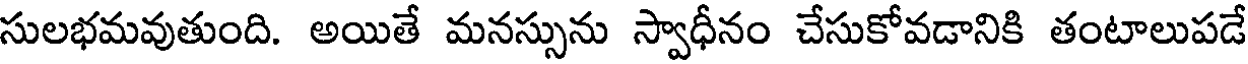
సులభమవుతుంది. అయితే మనస్సును స్వాధీనం చేసుకోవడానికి తంటాలుపడే